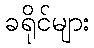
ခရိုင်များ